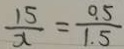
\frac { 1 5 } { x } = \frac { 0 . 5 } { 1 . 5 }